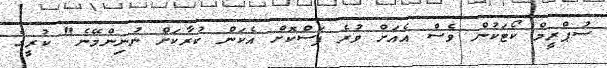
ސުޕްރީމް ކޯޓަކުން ވެސް އެއަށް ވުރެ ފަސްކޮށް އެކަން ކުރާކަށް ނުނިންމޭނެ" ކުރީގެ